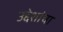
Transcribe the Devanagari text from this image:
उद्देशांचा